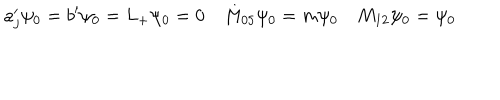
LaTeX: a _ { j } ^ { \prime } \psi _ { 0 } = b ^ { \prime } \psi _ { 0 } = L _ { + } \psi _ { 0 } = 0 \quad M _ { 0 5 } \psi _ { 0 } = m \psi _ { 0 } \quad M _ { 1 2 } \psi _ { 0 } = \psi _ { 0 }